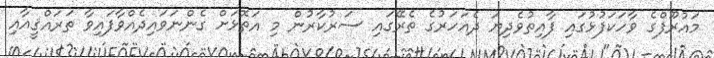
މައުރޫފްގެ ވާހަކަފުޅުގައި ފާއިތުވެދިޔަ ދެއަހަރުގެ ތެރޭގައި ސަރުކާރުން މި އަތޮޅަށް ގެންނަވައިދެއްވާފައިވާ ތަރައްޤީއާއި